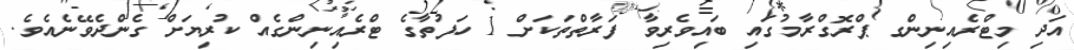
އަދި މިޓްރެއިނިންގ ޕްރޮގްރާމުގައި ބައިވެރިވާ ފަރާތްތަކަށް 1 ހަފުތާގެ ޓްރެއިނިންގެއް ކުރިޔަށް ގެންދެވޭނެއެވެ.